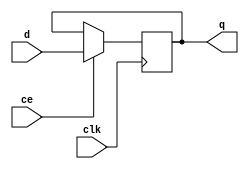
module register
#(
	parameter N = 4
)
(
	input clk,
	input ce,
	input [N-1:0] d,
	output [N-1:0] q
);
reg [N-1:0] val = 0;

always @ (posedge clk)
begin
	if (ce) val <= d;
	else val <= val;
end

assign q = val;

endmodule